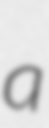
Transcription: a